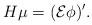
LaTeX: \begin{align*}H\mu=(\mathcal{E}\phi)'. \end{align*}